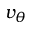
v _ { \theta }